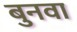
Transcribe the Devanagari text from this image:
बुनवा